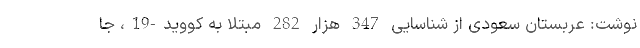
نوشت: عربستان سعودی از شناسایی 347 هزار 282 مبتلا به کووید-19، جا